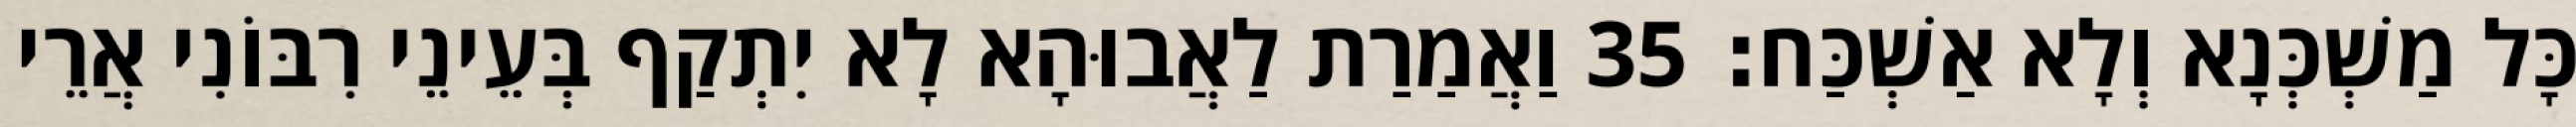
כָּל מַשְׁכְּנָא וְלָא אַשְׁכַּח׃ 35 וַאֲמַרַת לַאֲבוּהָא לָא יִתְקַף בְּעֵינֵי רִבּוֹנִי אֲרֵי